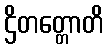
ဌိတတ္တောတိ